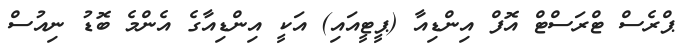
ޕްރެސް ޓްރަސްޓް އޮފް އިންޑިއާ (ޕީޓީއައި) އަކީ އިންޑިއާގެ އެންމެ ބޮޑު ނިއުސް